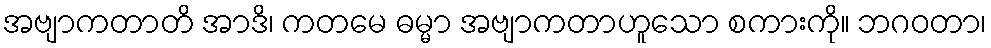
အဗျာကတာတိ အာဒိ၊ ကတမေ ဓမ္မာ အဗျာကတာဟူသော စကားကို။ ဘဂဝတာ၊